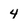
Character: 4